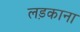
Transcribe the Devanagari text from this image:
लड़काना